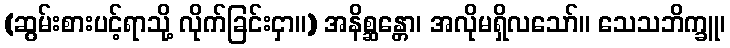
(ဆွမ်းစားပင့်ရာသို့ လိုက်ခြင်းငှာ။) အနိစ္ဆန္တော၊ အလိုမရှိလသော်။ သေသဘိက္ခူ၊